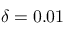
\delta = 0 . 0 1